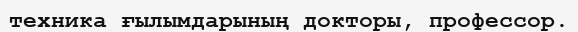
техника ғылымдарының докторы, профессор.